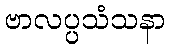
ဗာလပ္ပသံသနာ